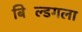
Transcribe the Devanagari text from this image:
बिल्डिंगला